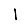
Digit: 1